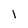
Character: 1